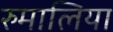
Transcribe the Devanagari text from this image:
रुमालिया